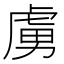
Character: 虜